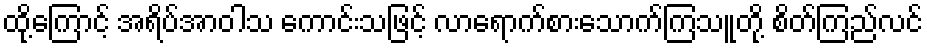
ထို့ကြောင့် အရိပ်အာဝါသ ကောင်းသဖြင့် လာရောက်စားသောက်ကြသူတို့ စိတ်ကြည်လင်